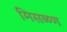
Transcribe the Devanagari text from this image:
मिसळण